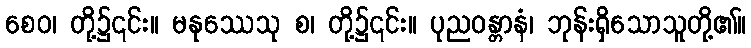
စေဝ၊ တို့၌၎င်း။ မနုဿေသု စ၊ တို့၌၎င်း။ ပုညဝန္တာနံ၊ ဘုန်းရှိသောသူတို့၏။